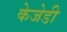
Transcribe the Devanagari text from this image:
केजेडी